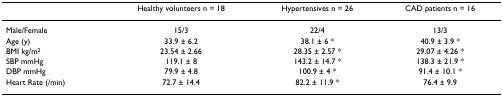
<table><thead><tr><td></td><td><b>Healthy volunteers n = 18</b></td><td><b>Hypertensives n = 26</b></td><td><b>CAD patients n = 16</b></td></tr></thead><tbody><tr><td>Male/Female</td><td>15/3</td><td>22/4</td><td>13/3</td></tr><tr><td>Age (y)</td><td>33.9 ± 6.2</td><td>38.1 ± 6 *</td><td>40.9 ± 3.9 *</td></tr><tr><td>BMI kg/m<sup>2</sup></td><td>23.54 ± 2.66</td><td>28.35 ± 2.57 *</td><td>29.07 ± 4.26 *</td></tr><tr><td>SBP mmHg</td><td>119.1 ± 8</td><td>143.2 ± 14.7 *</td><td>138.3 ± 21.9 *</td></tr><tr><td>DBP mmHg</td><td>79.9 ± 4.8</td><td>100.9 ± 4 *</td><td>91.4 ± 10.1 *</td></tr><tr><td>Heart Rate (/min)</td><td>72.7 ± 14.4</td><td>82.2 ± 11.9 *</td><td>76.4 ± 9.9</td></tr></tbody></table>